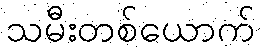
သမီးတစ်ယောက်